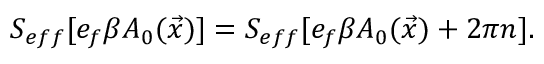
S _ { e f f } [ e _ { f } \beta A _ { 0 } ( \vec { x } ) ] = S _ { e f f } [ e _ { f } \beta A _ { 0 } ( \vec { x } ) + 2 \pi n ] .